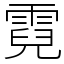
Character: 霓